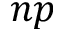
n p